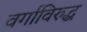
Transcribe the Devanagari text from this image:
वर्गाविरुद्ध